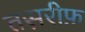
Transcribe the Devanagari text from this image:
तस़रीफ़